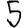
Digit: 5